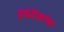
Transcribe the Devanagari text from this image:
निर्देंशांक